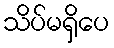
သိပ်မရှိပေ